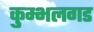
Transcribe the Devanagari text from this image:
कुम्भलगड